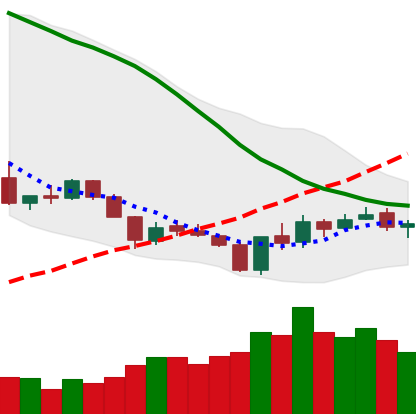
Ticker: XLM-USD
Chart end date: 2018-06-05
Forward return: -15.852%
Label: down_7plus